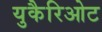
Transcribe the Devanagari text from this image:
युकैरिओट